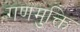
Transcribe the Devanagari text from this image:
गणमुक्ति